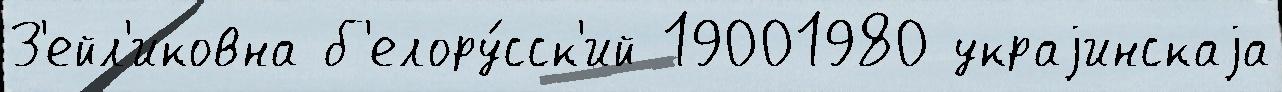
З'ейл'иковна б'елору́сск'ий 19001980 украjинскаjа